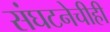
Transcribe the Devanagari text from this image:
संघटनेचीही